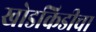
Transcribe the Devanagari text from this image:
खोडकिडीचा